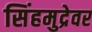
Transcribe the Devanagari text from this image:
सिंहमुद्रेवर